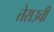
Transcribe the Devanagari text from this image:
तेराउची